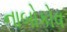
નાબોકોવ